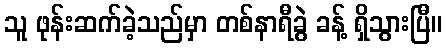
သူ ဖုန်းဆက်ခဲ့သည်မှာ တစ်နာရီခွဲ ခန့် ရှိသွားပြီ။